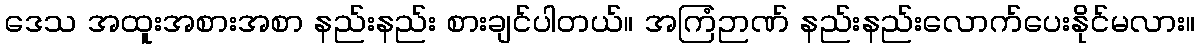
ဒေသ အထူးအစားအစာ နည်းနည်း စားချင်ပါတယ်။ အကြံဉာဏ် နည်းနည်းလောက်ပေးနိုင်မလား။